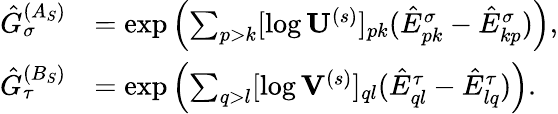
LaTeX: \begin{array}{rl}{\hat{G}_{\sigma}^{(A_{S})}}&{=\exp\left(\sum_{p>k}[\log\mathbf{U}^{(s)}]_{pk}(\hat{E}_{pk}^{\sigma}-\hat{E}_{kp}^{\sigma})\right),}\\ {\hat{G}_{\tau}^{(B_{S})}}&{=\exp\left(\sum_{q>l}[\log\mathbf{V}^{(s)}]_{ql}(\hat{E}_{ql}^{\tau}-\hat{E}_{lq}^{\tau})\right).}\end{array}